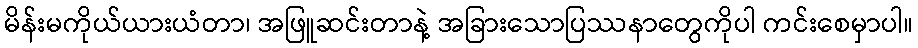
မိန်းမကိုယ်ယားယံတာ၊ အဖြူဆင်းတာနဲ့ အခြားသောပြဿနာတွေကိုပါ ကင်းစေမှာပါ။